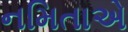
નમિતાએ